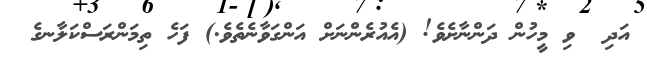
އަދި  ވި މީހުން ދަންނާށެވެ! (އެއުރެންނަށް އަންގަވާނެތެވެ.) ފަހެ ތިމަންރަސްކަލާނގެ